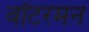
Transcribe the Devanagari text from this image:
वॉटरमन